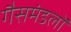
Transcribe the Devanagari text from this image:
गैसमंडलों